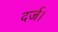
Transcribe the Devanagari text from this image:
दर्ज।